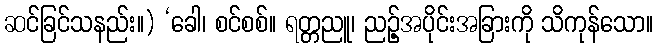
ဆင်ခြင်သနည်း။) ‘ခေါ၊ စင်စစ်။ ရတ္တညူ၊ ညဉ့်အပိုင်းအခြားကို သိကုန်သော။